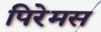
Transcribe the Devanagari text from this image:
पिरेमस